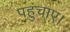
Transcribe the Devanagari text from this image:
पहुंचाए।